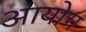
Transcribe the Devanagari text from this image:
अायोग